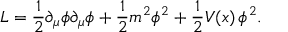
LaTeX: { \cal L } = \frac { 1 } { 2 } \partial _ { \mu } \phi \partial _ { \mu } \phi + \frac { 1 } { 2 } m ^ { 2 } \phi ^ { 2 } + \frac { 1 } { 2 } V ( x ) \, \phi ^ { 2 } .